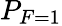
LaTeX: P_{F=1}